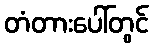
တံတားပေါ်တွင်